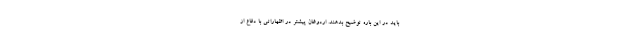
باید در این باره توضیح بدهند. اردوغان پیشتر در اظهاراتی با دفاع از